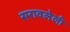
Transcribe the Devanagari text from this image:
सरावलेली